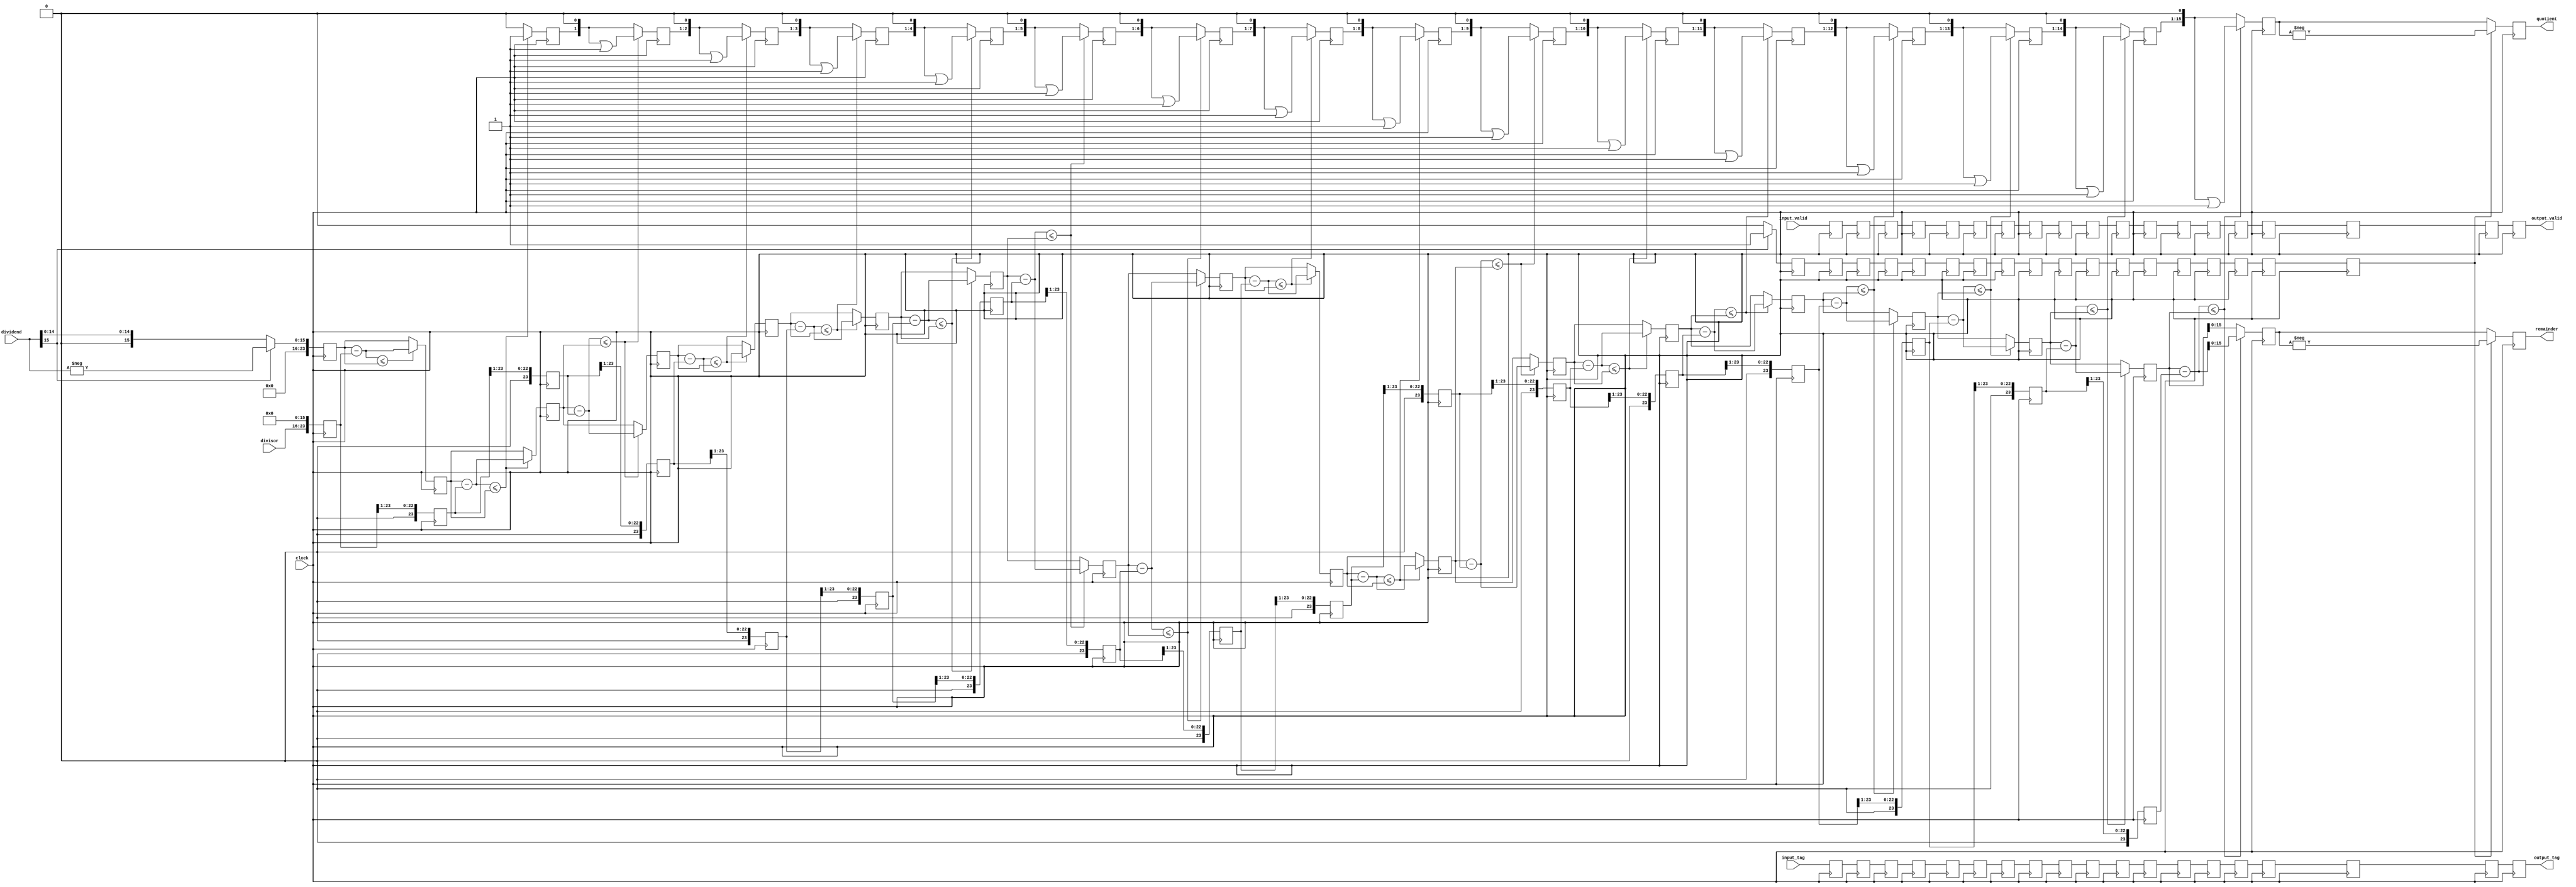
module pipelined_divider (input                             clock,

                          input                             input_valid,
                          input                       [5:0] input_tag,
                          input       [divisor_width - 1:0] divisor,
                          input      [dividend_width - 1:0] dividend,

                          output reg                        output_valid,
                          output reg                  [5:0] output_tag,
                          output reg [dividend_width - 1:0] quotient,
                          output reg [dividend_width - 1:0] remainder);

    //num_width max = 1^, den_width max = 8, number of stages in pipeline
    parameter dividend_width = 16, divisor_width = 8, stages = dividend_width + 1;

    reg [dividend_width + divisor_width - 1:0] divisors   [0:stages];
    reg [dividend_width + divisor_width - 1:0] remainders [0:stages];
    reg [dividend_width - 1:0]                 quotients  [0:stages];

    reg neg_flags [0:stages]; //set if dividend is negative

    reg stage_valid [0:stages];
    reg [5:0] stage_tag [0:stages];

    always @(posedge clock) begin
        if (dividend[dividend_width - 1] == 1'b1) begin
            neg_flags[0] <= 1'b1;
            remainders[0] <= {{divisor_width{1'b0}}, -dividend};
        end else begin
            neg_flags[0] <= 1'b0;
            remainders[0] <= {{divisor_width{1'b0}}, dividend};
        end
        divisors[0]   <= {divisor, {dividend_width{1'b0}}};
        quotients[0]  <= {dividend_width{1'b0}};

        stage_valid[0] <= input_valid;
        stage_tag[0] <= input_tag;
    end

    genvar i;
    generate
        for (i = 0; i < stages; i = i + 1) begin
            always @(posedge clock) begin
                if (remainders[i] - divisors[i] <= remainders[i]) begin //no underflow/positive
                    remainders[i + 1] <= remainders[i] - divisors[i];
                    quotients[i + 1] <= (quotients[i] << 1) | 1;
                end else begin //underflow/negative
                    remainders[i + 1] <= remainders[i];
                    quotients[i + 1] <= quotients[i] << 1;
                end
                divisors[i + 1] <= divisors[i] >> 1;
                neg_flags[i + 1] <= neg_flags[i];

                stage_valid[i + 1] <= stage_valid[i];
                stage_tag[i + 1] <= stage_tag[i];
            end
        end
    endgenerate

    always @(posedge clock) begin
        if (neg_flags[stages]) begin
            quotient <= -quotients[stages];
            remainder <= -remainders[stages]; //different size but should be fine
        end else begin
            quotient <= quotients[stages];
            remainder <= remainders[stages];
        end

        output_valid <= stage_valid[stages];
        output_tag <= stage_tag[stages];
    end
endmodule